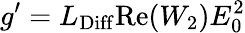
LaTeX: g^{\prime}=L_{\mathrm{Diff}}\mathrm{Re}(W_{2})E_{0}^{2}